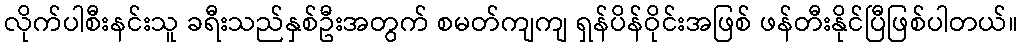
လိုက်ပါစီးနင်းသူ ခရီးသည်နှစ်ဦးအတွက် စမတ်ကျကျ ရှန်ပိန်ဝိုင်းအဖြစ် ဖန်တီးနိုင်ပြီဖြစ်ပါတယ်။